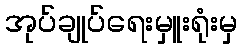
အုပ်ချုပ်ရေးမှူးရုံးမှ